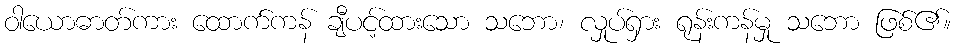
ဝါယောဓာတ်ကား ထောက်ကန် ချီပင့်ထားသော သဘော၊ လှုပ်ရှား ရုန်းကန်မှု သဘော ဖြစ်၏။